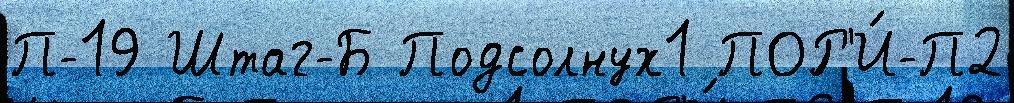
П-19 Штаг-Б Подсолнух1 ПОР'И́-П2